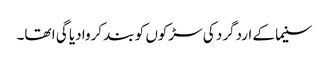
سنیما کے اردگرد کی سڑکوں کو بند کروا دیا گی ا تھا۔